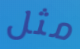
مثل